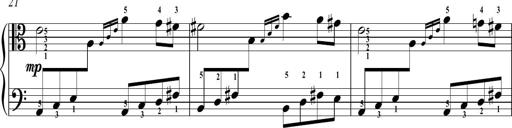
Title: Sonatina No.2 in C
Composer: A. Marando
Key: C major